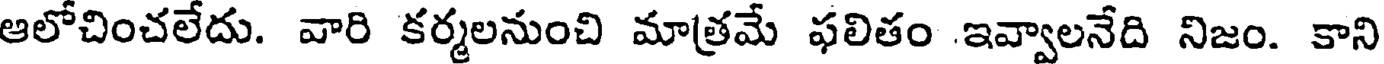
ఆలోచించలేదు. వారి కర్మలనుంచి మాత్రమే ఫలితం .ఇవ్వాలనేది నిజం. కాని